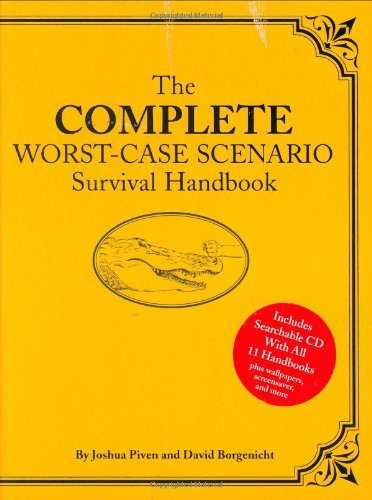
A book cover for The Complete Worst-Case Scenario Survival Handbook; Joshua Piven; Humor & Entertainment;